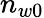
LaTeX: n_{w0}